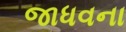
જાધવના